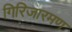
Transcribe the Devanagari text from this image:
गिरिजारमण